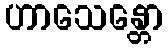
ဟာသေန္တော